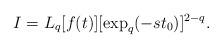
LaTeX: \begin{align*} I = L_{q}[f(t)] [\exp_{q}(-s t_{0})]^{2-q}. \end{align*}